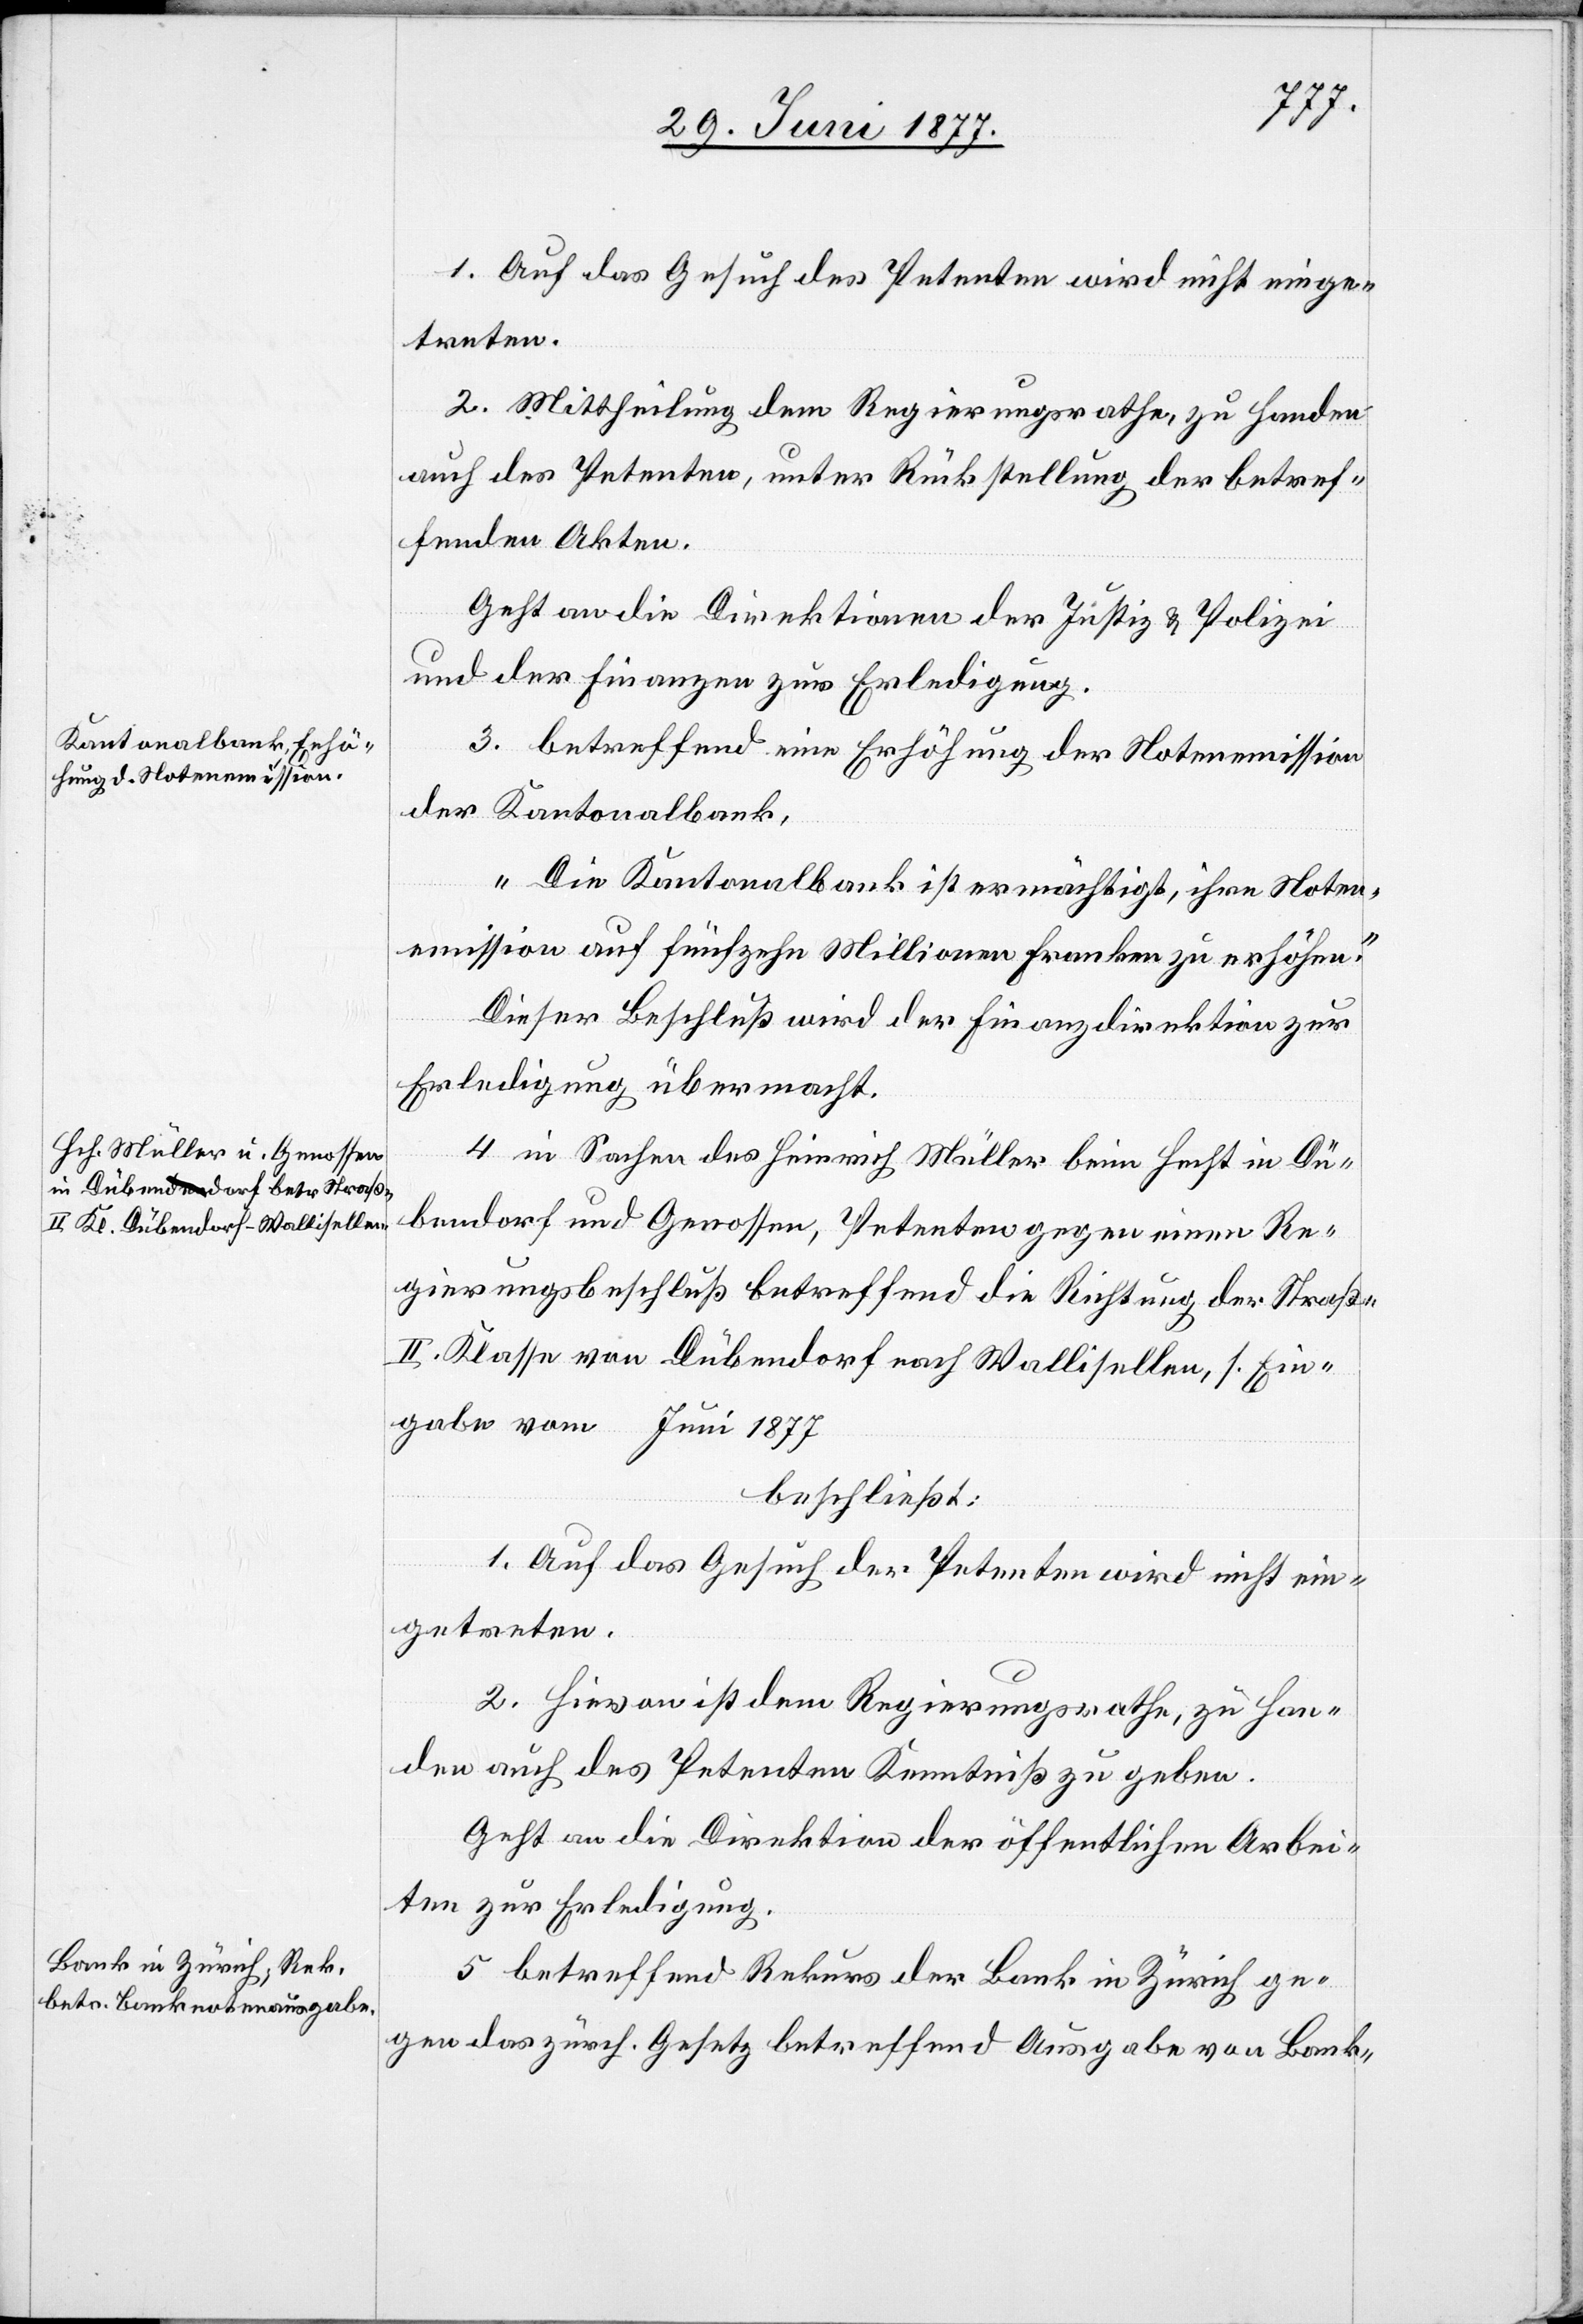
1. Auf das Gesuch des Petenten wird nicht einge¬
treten.
2. Mittheilung dem Regierungsrathe, zu Handen
auch des Petenten, unter Rückstellung der betref¬
fenden Akten.“
Geht an die Direktion der Justiz & Polizei
und der Finanzen zur Erledigung.
3. betreffend eine Erhöhung der Notenemission
der Kantonalbank:
„Die Kantonalbank ist ermächtigt, ihre Noten¬
emission auf fünfzehn Millionen Franken zu erhöhen.“
Dieser Beschluß wird der Finanzdirektion zur
Erledigung übermacht.
4. in Sachen des Heinrich Müller beim Hecht in Dü¬
bendorf und Genossen, Petenten gegen einen Re¬
gierungsbeschluß betreffend die Richtung der Straße
II. Klasse von Dübendorf nach Wallisellen, s. Ein¬
gabe vom … Juni 1877
beschließt
1. Auf das Gesuch der Petenten wird nicht ein¬
getreten.
2. Hievon ist dem Regierungsrathe, zu Han¬
den auch des Petenten Kenntniß zu geben.
Geht an die Direktion der öffentlichen Arbei¬
ten zur Erledigung.
5. betreffend Rekurs der Bank in Zürich ge¬
gen das zürch. Gesetz betreffend Ausgabe von Bank-